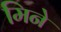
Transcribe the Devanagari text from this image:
मिने